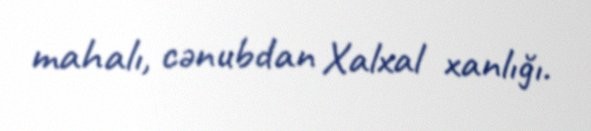
mahalı, cənubdan Xalxal xanlığı.